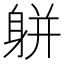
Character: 𨈾